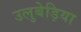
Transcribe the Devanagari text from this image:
उलुबेड़िया